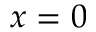
x = 0